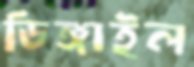
ডিঙ্গাইল